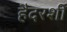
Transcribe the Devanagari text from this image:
हैदरशी